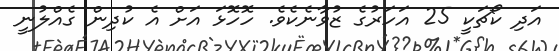
އަދި ކޯޗަކީ 25 އަހަރުގެ ޒުވާނެކެވެ. ހޮހޮޅަ އަށް އެ ކުދިން ގެއްލުނީ